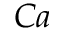
C a